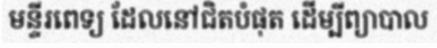
មន្ទីរពេទ្យ ដែលនៅជិតបំផុត ដើម្បីព្យាបាល